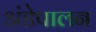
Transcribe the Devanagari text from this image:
अंडेपालन